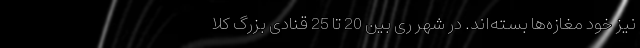
نیز خود مغازه‌ها بسته‌اند. در شهر ری بین 20 تا 25 قنادی بزرگ کلا